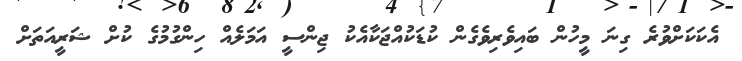
އެކަކަށްވުރެ ގިނަ މީހުން ބައިވެރިވެގެން ކުޑަކުއްޖަކާއެކު ޖިންސީ އަމަލެއް ހިންގުމުގެ ކުށް ޝަރީއަތަށް